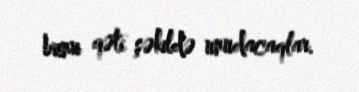
bunu qəti şəkildə unudacaqlar.